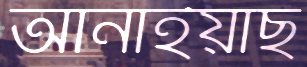
আনাইয়াছ